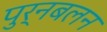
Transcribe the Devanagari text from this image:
पुर्नबलन